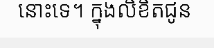
នោះទេ។ ក្នុងលិខិតជូន